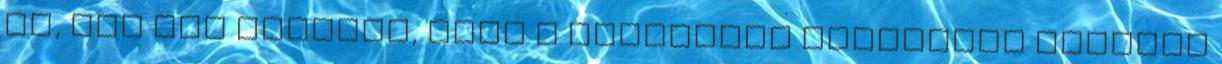
is, ami azt jelenti, hogy a támogatói adományok kapcsán